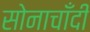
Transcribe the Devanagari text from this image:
सोनाचाँदी